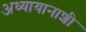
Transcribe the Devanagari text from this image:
अध्यायानाशी